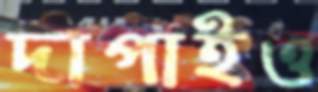
দাপাইও